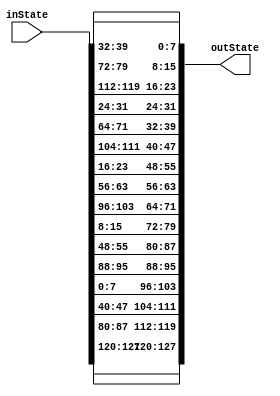
module shiftRows(outState,inState);
input [127:0]inState;
output [127:0]outState;

assign {outState[127-:8],outState[95-:8]} = {inState[127-:8],inState[95-:8]};
assign {outState[63-:8],outState[31-:8]} = {inState[63-:8],inState[31-:8]};

assign {outState[119-:8],outState[87-:8]} = {inState[87-:8],inState[55-:8]};
assign {outState[55-:8],outState[23-:8]} = {inState[23-:8],inState[119-:8]};

assign {outState[111-:8],outState[79-:8]} = {inState[47-:8],inState[15-:8]};
assign {outState[47-:8],outState[15-:8]} = {inState[111-:8],inState[79-:8]};

assign {outState[103-:8],outState[71-:8]} = {inState[7-:8],inState[103-:8]};
assign {outState[39-:8],outState[7-:8]} = {inState[71-:8],inState[39-:8]};

endmodule